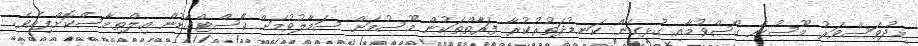
މިދުވަސްވަރު މޫސުން ގޯސްވުމާއި ގުޅިގެން ކަނޑުދަތުރުކުރާ ފަރާތްތަކުން މޫސުމަށް ސަމާލުވުމަށް ކޯސްޓްގާޑުން އިލްތިމާސްކޮށްފިއެވެ.